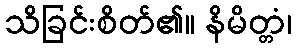
သိခြင်းစိတ်၏။ နိမိတ္တံ၊